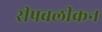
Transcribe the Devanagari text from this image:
रीपबलीकन